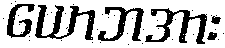
ယောဘအား